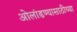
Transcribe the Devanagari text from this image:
ओलांडण्यासाठीच्या